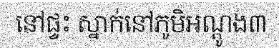
នៅផ្ទះ ស្នាក់នៅភូមិអណ្តូង៣